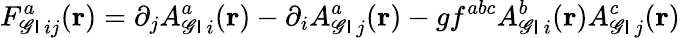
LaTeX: F_{{\sf\mathscr{G}I}\, ij}^{a}({\mathbf{r}})=\partial_{j}A_{{\sf\mathscr{G}I}\, i}^{a}({\mathbf{r}})-\partial_{i}A_{{\sf\mathscr{G}I}\, j}^{a}({\mathbf{r}})-gf^{abc}A_{{\sf\mathscr{G}I}\, i}^{b}({\mathbf{r}})A_{{\sf\mathscr{G}I}\, j}^{c}({\mathbf{r}})